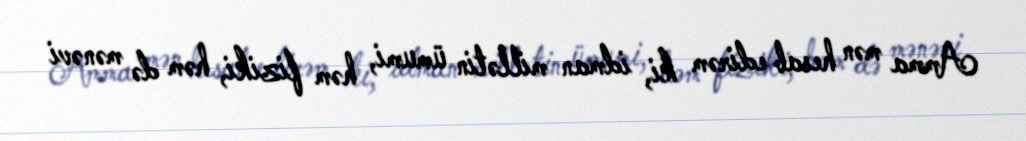
Amma mən hesab edirəm ki, idman millətin ümumi, həm fiziki, həm də mənəvi